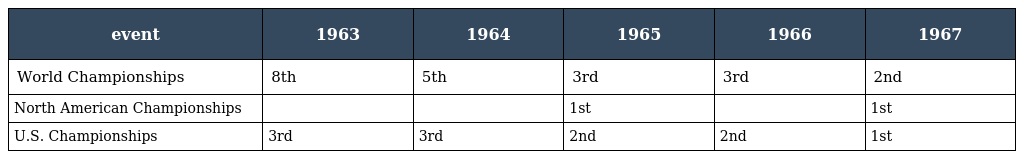
| event | 1963 | 1964 | 1965 | 1966 | 1967 |
 | --- | --- | --- | --- | --- | --- |
 | World Championships | 8th | 5th | 3rd | 3rd | 2nd |
 | North American Championships |  |  | 1st |  | 1st |
 | U.S. Championships | 3rd | 3rd | 2nd | 2nd | 1st |